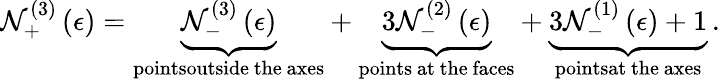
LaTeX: \mathcal{N}_{+}^{\left(3\right)}\left(\epsilon\right)=\underset{\mathrm{{pointsoutside~the~axes}}}{\underbrace{{\mathcal{N}_{-}^{\left(3\right)}\left(\epsilon\right)}}}+\underset{\mathrm{{points~at~the~faces}}}{\underbrace{{3\mathcal{N}_{-}^{\left(2\right)}\left(\epsilon\right)}}}+\underset{\mathrm{{pointsat~the~axes}}}{\underbrace{{3\mathcal{N}_{-}^{\left(1\right)}\left(\epsilon\right)+1}}}\, .